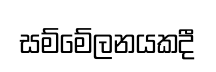
සම්මේලනයකදී